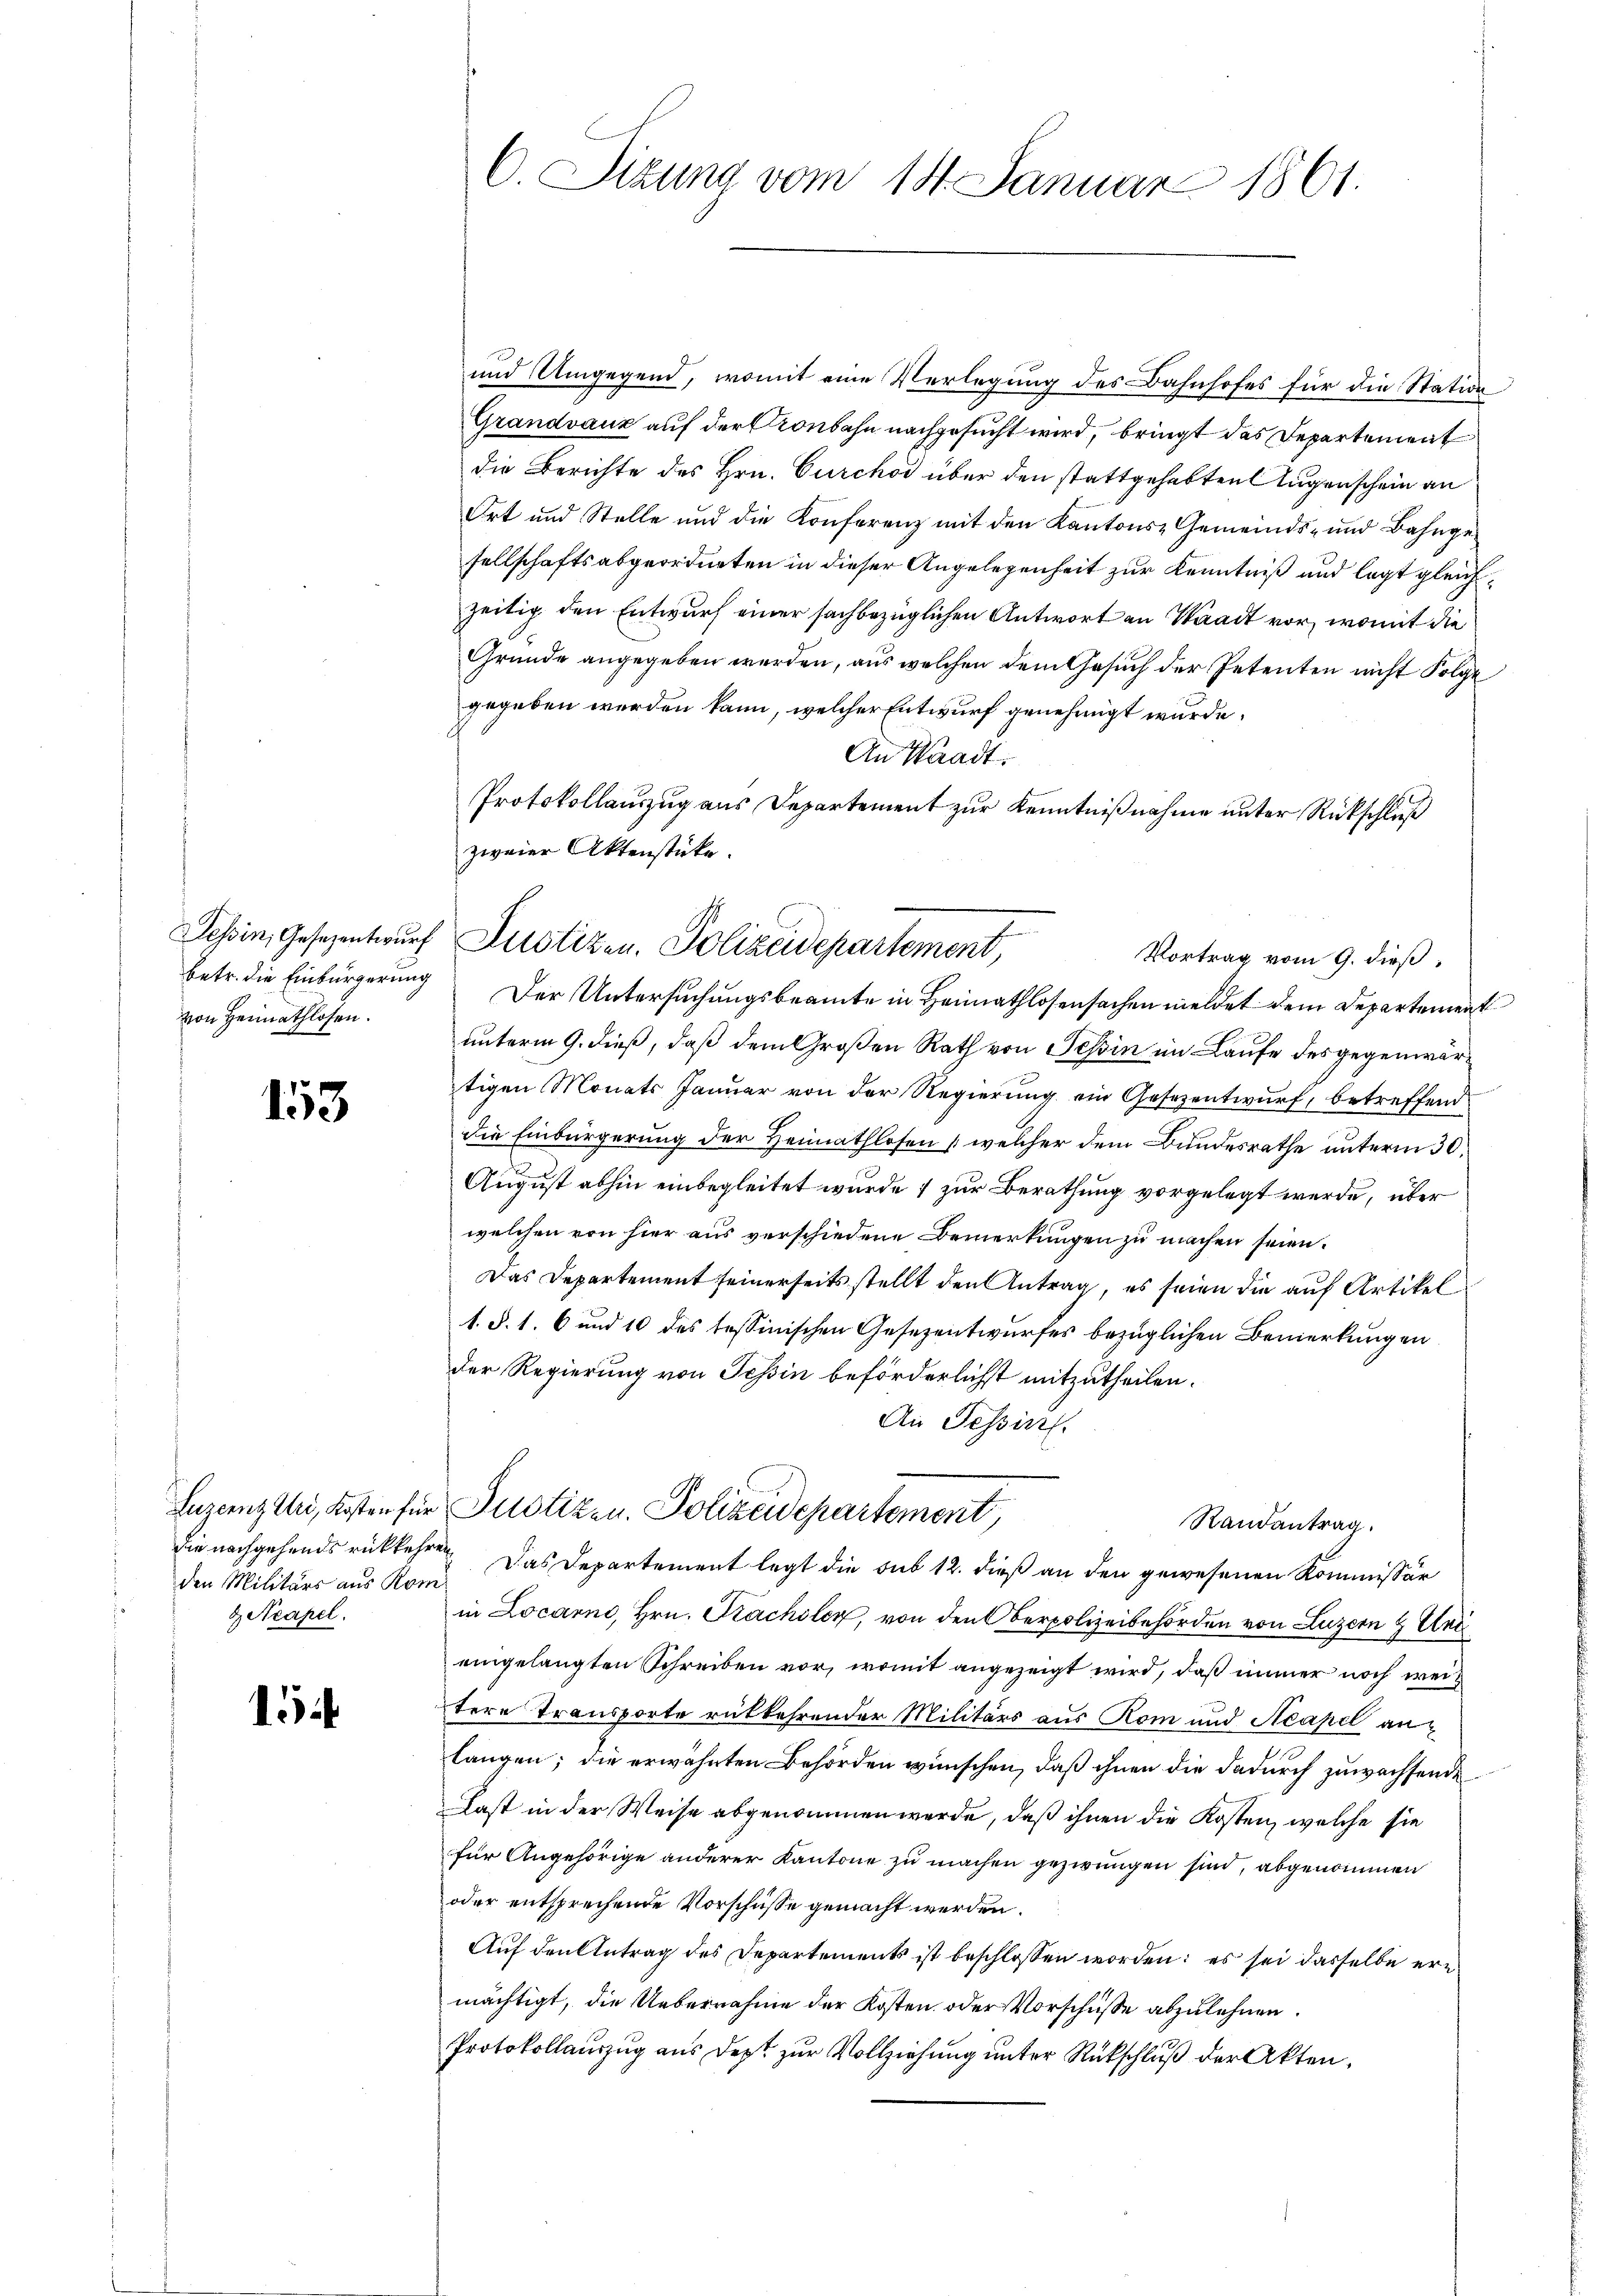
von Heimathlosen.

153

den Militärs aus Komd. Neapel.

1

und Umgegend, womit eine Verlegung des Bahnhofes für die Station
Grandvauz auf der Kronbahn nachgesucht wird, bringt das Departement
die Berichte des Hrn. Curchod über den stattgehabten Augenschein an
Ort und Stelle und die Konferenz mit den Kantons Gemeinds- und Bahngesellschaftsabgeordneten in dieser Angelegenheit zur Kenntniß und legt gleichzeitig den Entwurf einer sachbezüglichen Antwort an Waadt vor, womit die
Gründe angegeben werden, aus welchen dem Gesuch der Petenten nicht Folge
gegeben werden kann, welcher Entwurf genehmigt wurde.
An Staadt.
betr. die Einbürgerung. Der Untersuchungsbeamte in Heimathlosensachen meldet dem Departement
unterm 9. dieß, daß dem Großen Rath von Tessin im Laufe des gegenwärtigen Monats Januar von der Regierung ein Gesezentwurf, betreffend
die Einbürgerung der Heimathlosen (welcher dem Bundesrathe unterm 30.
August abhin einbegleitet wurde & zur Berathung vorgelegt werde, über
welchen von hier aus verschiedene Bemerkungen zu machen seien.
Das Departement seinerseitsstellt den Antrag, es seien die auf Artikel¬
1. §. 1. 6 und 10 des tessinischen Gesezentwurfes bezüglichen Bemerkungen
der Regierung von Tessin beförderlichst mitzutheilen.
An Tessin.
Luzernz Uri, Kosten für Pustizen. Polizeidepartement,
Randantrag.
die nachgehends rückkehren. Das Departement legt die sub 12. dieß an den gewesenen Kommissär
in Locarno, Hrn. Sachsler, von den Oberpolizeibehörden von Luzern & Unt
eingelangten Schreiben vor, womit angezeigt wird, daß immer noch weitere Transporte rükkehrender Militärs aus Rom und Acapel anlangen; die erwähnten Behörden wünschen, daß ihnen die dadurch zuwachsende
Last in der Weise abgenommen werde, daß ihnen die Kosten, welche sie
für Angehörige anderer Kantone zu machen gezwungen sind, abgenommen
oder entsprechende Vorschüsse gemacht werden.
Auf den Antrag des Departements ist beschlossen worden; es sei dasselbe ermächtigt, die Uebernahme der Kosten oder Vorschüsse abzulehnen.
Protokollauszug aus Dept zur Vollziehung unter Rückschluß der Akten,

C. Sitzung vom 18. Januar 1861.

Protokollauszug aus Departement zur Kenntnißnahme unter Rückschluß
zweier Aktenstücke.
Schin, Gesezentwurf Justizen. Polizeidepartement,
Vortrag vom 9. dieß: